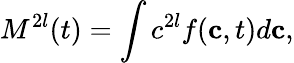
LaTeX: M^{2l}(t)=\int c^{2l}f(\mathbf{c},t)d\mathbf{c},